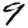
Digit: 9